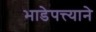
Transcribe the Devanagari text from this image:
भाडेपत्त्याने